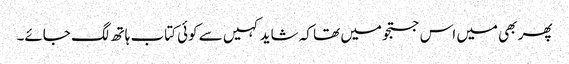
پھر بھی میں اس جستجو میں تھا کہ شاید کہیں سے کوئی کتاب ہاتھ لگ جائے۔